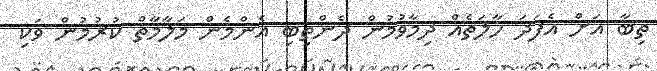
ތިބާ އަށް އެފަދަ ހާލަތެއް ދިމާވުމުން ދެންތިބި އެންމެން މަލާމާތް ކުރުމުން ވަކި